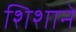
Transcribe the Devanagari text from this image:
शिशाने